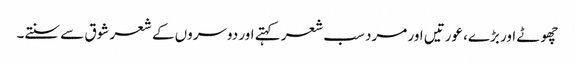
چھوٹے اور بڑے، عورتیں اور مرد سب شعر کہتے اور دوسروں کے شعر شوق سے سنتے۔